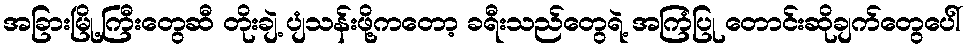
အခြားမြို့ကြီးတွေဆီ တိုးချဲ့ ပျံသန်းဖို့ကတော့ ခရီးသည်တွေရဲ့ အကြံပြု တောင်းဆိုချက်တွေပေါ်